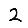
Digit: 2